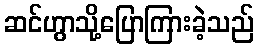
ဆင်ဟွာသို့ပြောကြားခဲ့သည်